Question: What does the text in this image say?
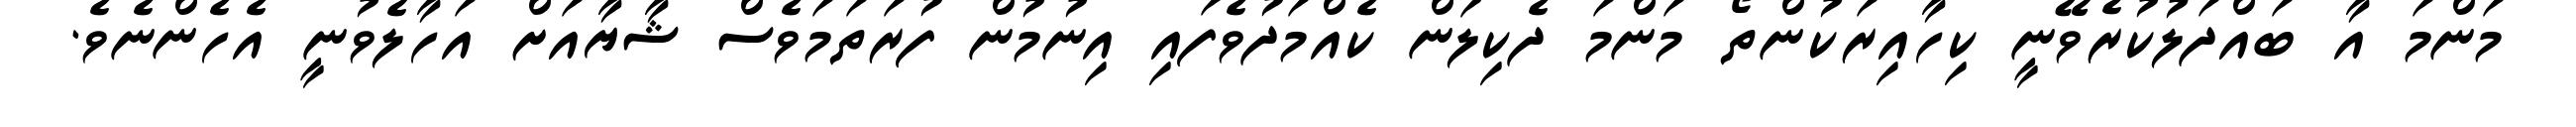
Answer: މަންމަ އާ ބައްދަލުކުރެވޭނީ ކިހާއިރަކުންތޯ މަންމަ ދެކިލަން ކެއްމަދުވެފައި އިނުމުން ފުރަތަމަވެސް ޝާޔާއަށް އަހާލެވުނީ އެހެންނެވެ.